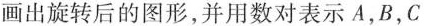
画出旋转后的图形，并用数对表示A，B，C